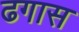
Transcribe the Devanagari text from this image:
ढगास